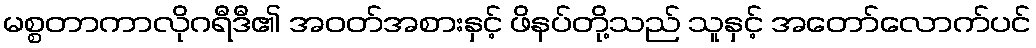
မစ္စတာကာလိုဂရီဒီ၏ အဝတ်အစားနှင့် ဖိနပ်တို့သည် သူနှင့် အတော်လောက်ပင်